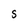
Character: S